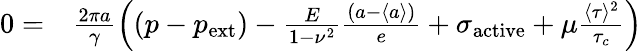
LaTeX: \begin{array}{rl}{0=}&{{}\frac{2\pi a}{\gamma}\left((p-p_{\mathrm{ext}})-\frac{E}{1-\nu^{2}}\frac{\left(a-\langle a\rangle\right)}{e}+\sigma_{\mathrm{active}}+\mu\frac{\langle\tau\rangle^{2}}{\tau_{c}}\right)}\end{array}